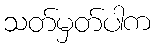
သတ်မှတ်ပါက